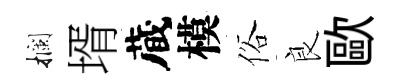
攔壻蔵模俗良歐